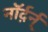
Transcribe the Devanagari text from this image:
नॉर्द़र्न्